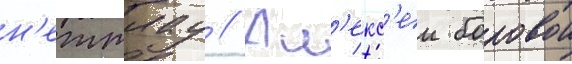
н'еттлау // Ал'екс'еи боровои